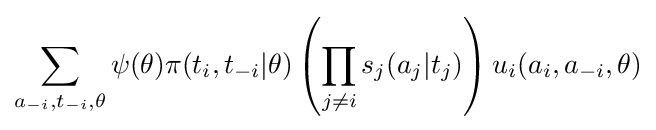
\sum _{a_{-i},t_{-i},\theta }\psi (\theta )\pi (t_{i},t_{-i}|\theta )\left(\prod _{j\neq i}s_{j}(a_{j}|t_{j})\right)u_{i}(a_{i},a_{-i},\theta )